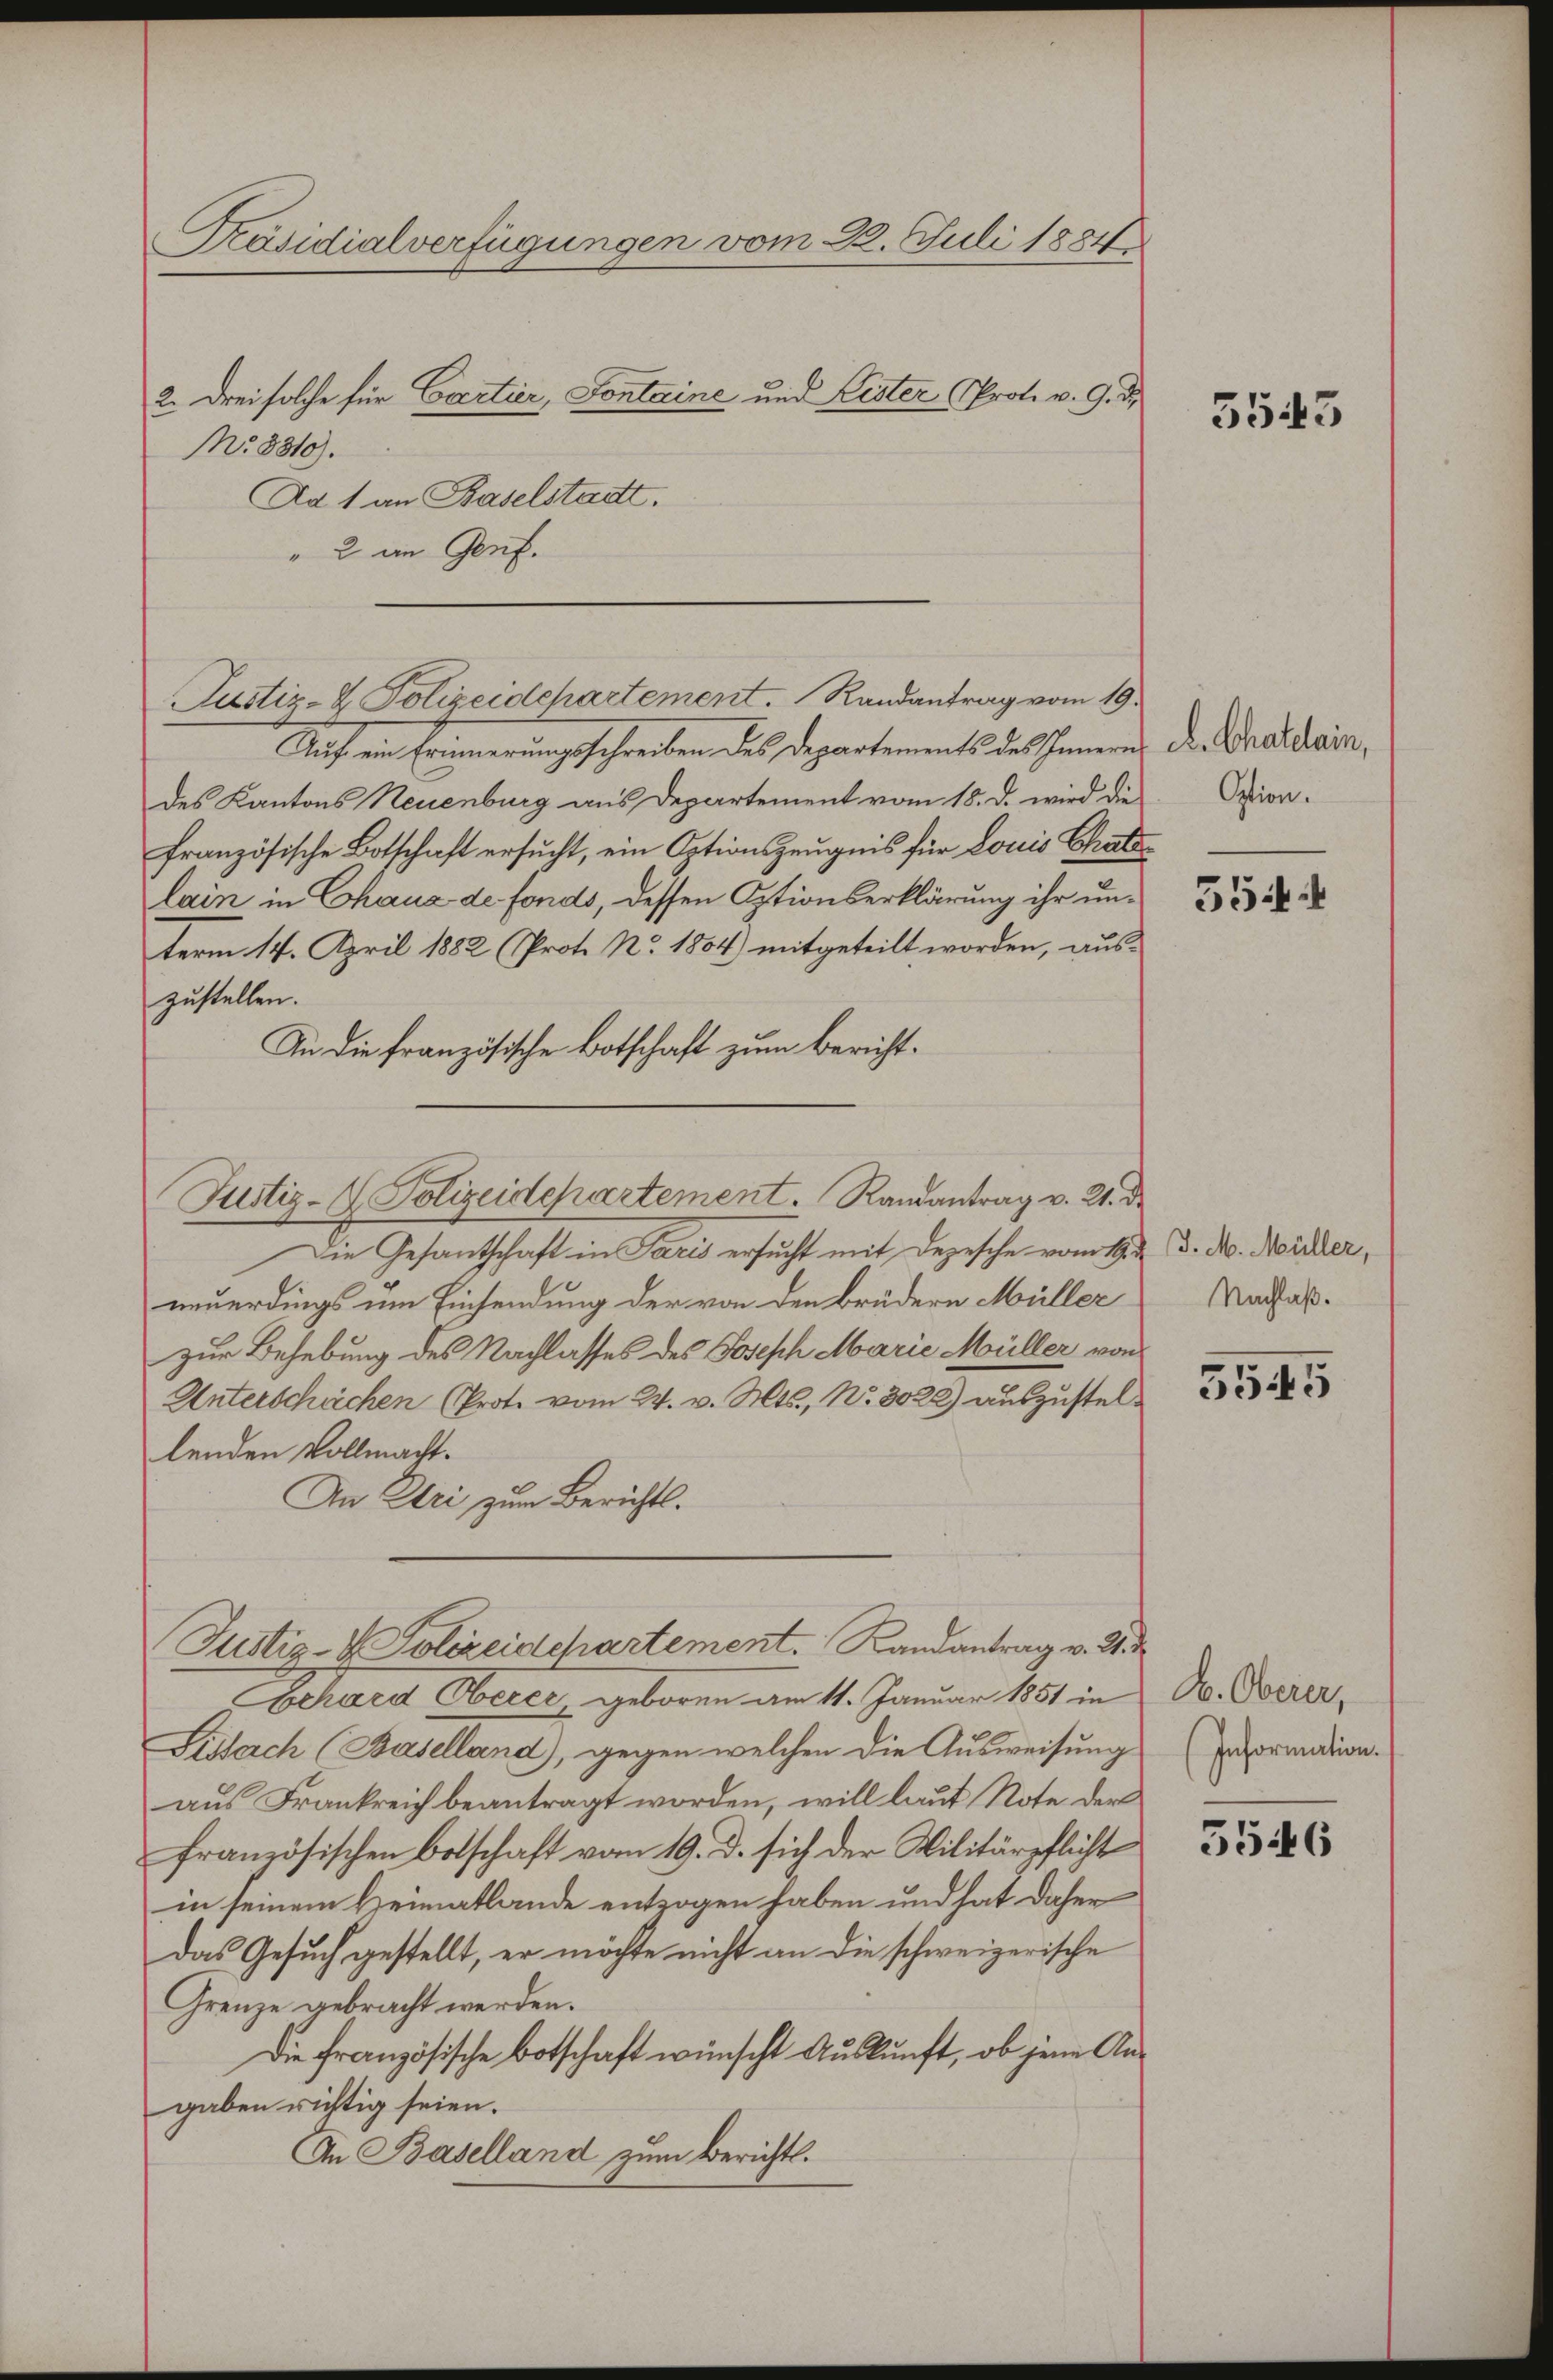
" 2 an Genf.

Präsidialverfügungen vom 22. Juli 1881/
2. Drei solche für Cartier, Sontaine und Lister (Prot. v. 9. d.
No. 8310).
Ad 1 an Baselstadt.

Auf ein Erinnerungsschreiben des Departements des Innern
des Kantons Neuenburg aus Departement vom 18. d. wird die
französische Botschaft ersucht, ein Optionszeugnis für Louis Chate
lain in Chaux de fonds, dessen Optionserklärung ihr unterm 14. April 1882 (Prote No. 1804) mitgeteilt worden, auszustellen.
An die französische Botschaft zum Bericht¬

Justiz- & Polizeidepartement. Randantrag vom 19.

Justiz- & Polizeidepartement. Randantrag v. 21. d.

Justiz- & Polizeidchartement. Landantrag v. U.

Die Gesantschaft in Paris ersucht mit Depesche vom 19.
neuerdings um Einsendung der von den Brüdern Müller
zur Behebung des Nachlasses des Joseph Marie Müller von
Unterschächen (Prote vom 24. v. Mts., Nr. 3028) auszustellenden Vollmacht.
An Uri zum Berichts.
Schard Oberer geboren am 11. Januar 1851 in
Lissach (Baselland), gegen welchen die Ausweisung
aus Frankreich beantragt worden, will laut Note der
französischen Botschaft vom 19. d. sich der Militärpflicht
in seinem Heimatlande entzogen haben und hat daher
Das Gesuch gestellt, er möchte nicht an die schweizerische
Grenze gebracht werden.
Die französische Botschaft wünscht Auskunft, ob jene Angaben richtig seien.
An Baselland zum Berichts.

5543

d. Chatelain,
Option.

5544

J. M. Müller,
Nachlaß.

5545

B. Oberer,
Information.

5546